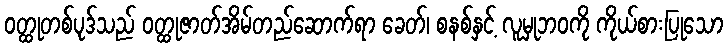
ဝတ္ထုတစ်ပုဒ်သည် ဝတ္ထုဇာတ်အိမ်တည်ဆောက်ရာ ခေတ်၊ စနစ်နှင့် လူမှုဘဝကို ကိုယ်စားပြုသော